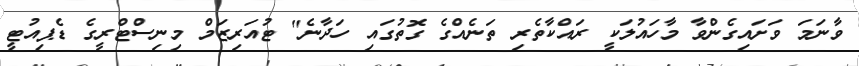
ވާނަމަ ވަށައިގެންވާ މާހައުލަކީ ރައްކާތެރި ތަނެއްގެ ގޮތުގައި ހަދާނެ" ޓުއަރިޒަމް މިނިސްޓްރީގެ ޑެޕިއުޓީ